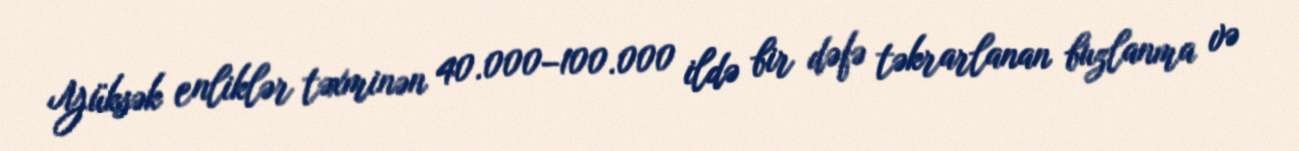
Yüksək enliklər təxminən 40.000–100.000 ildə bir dəfə təkrarlanan buzlanma və